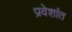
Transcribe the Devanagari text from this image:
प्रवेशांत